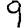
Digit: 9